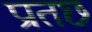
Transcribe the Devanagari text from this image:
प्रातछ